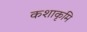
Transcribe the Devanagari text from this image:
कशाकृमि